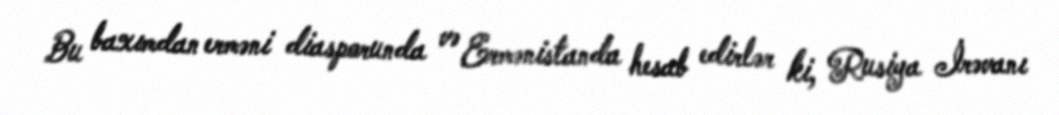
Bu baxımdan erməni diasporunda və Ermənistanda hesab edirlər ki, Rusiya İrəvanı